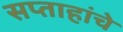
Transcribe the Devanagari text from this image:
सप्ताहांचे